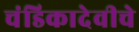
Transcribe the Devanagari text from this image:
चंडिकादेवीचे